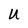
Character: U